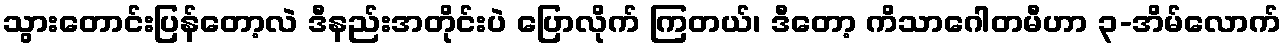
သွားတောင်းပြန်တော့လဲ ဒီနည်းအတိုင်းပဲ ပြောလိုက် ကြတယ်၊ ဒီတော့ ကိသာဂေါတမီဟာ ၃-အိမ်လောက်